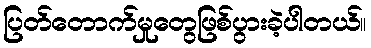
ပြတ်တောက်မှုတွေဖြစ်ပွားခဲ့ပါတယ်။